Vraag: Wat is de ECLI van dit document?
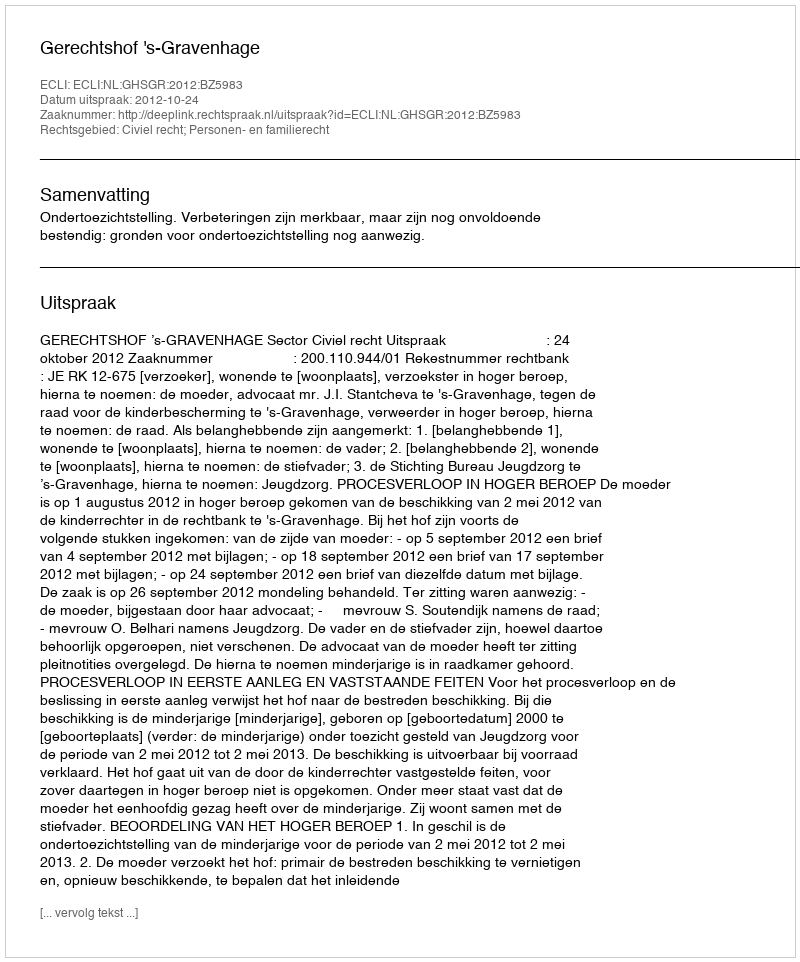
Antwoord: ECLI:NL:GHSGR:2012:BZ5983